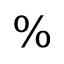
\%